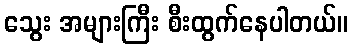
သွေး အများကြီး စီးထွက်နေပါတယ်။